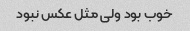
خوب بود ولی مثل عکس نبود